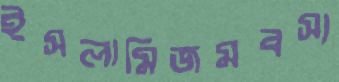
ইসলামিজমবস্য